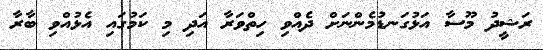
ރަޝީދު މޫސާ އަޅުގަނޑުމެންނަށް ދެއްވި ހިތްވަރާ އަދި މި ކަމުގައި އެޅުއްވި ބާރާ